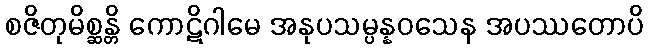
စဇိတုမိစ္ဆန္တိ ကောဋိဂါမေ အနုပသမ္ပန္နဝသေန အပဿတောပိ